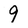
Character: 9